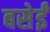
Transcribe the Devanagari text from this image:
बसेईं